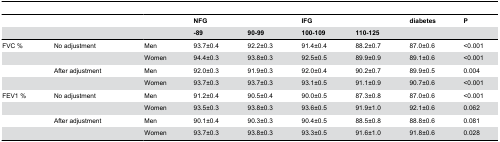
| <COLSPAN=2>  |  | <COLSPAN=2> NFG | <COLSPAN=2> IFG | diabetes | P |
 | <COLSPAN=2>  |  | -89 | 90-99 | 100-109 | 110-125 |  |  |
 | --- | --- | --- | --- | --- | --- | --- | --- | --- |
 | FVC % | No adjustment | Men | 93.7±0.4 | 92.2±0.3 | 91.4±0.4 | 88.2±0.7 | 87.0±0.6 | <0.001 |
 |  |  | Women | 94.4±0.3 | 93.8±0.3 | 92.5±0.5 | 89.9±0.9 | 89.1±0.6 | <0.001 |
 |  | After adjustment | Men | 92.0±0.3 | 91.9±0.3 | 92.0±0.4 | 90.2±0.7 | 89.9±0.5 | 0.004 |
 |  |  | Women | 93.7±0.3 | 93.7±0.3 | 93.1±0.5 | 91.1±0.9 | 90.7±0.6 | <0.001 |
 | FEV1 % | No adjustment | Men | 91.2±0.4 | 90.5±0.4 | 90.0±0.5 | 87.3±0.8 | 87.0±0.6 | <0.001 |
 |  |  | Women | 93.5±0.3 | 93.8±0.3 | 93.6±0.5 | 91.9±1.0 | 92.1±0.6 | 0.062 |
 |  | After adjustment | Men | 90.1±0.4 | 90.3±0.3 | 90.4±0.5 | 88.5±0.8 | 88.8±0.6 | 0.081 |
 |  |  | Women | 93.7±0.3 | 93.8±0.3 | 93.3±0.5 | 91.6±1.0 | 91.8±0.6 | 0.028 |